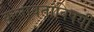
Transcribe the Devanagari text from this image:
कलावंतांविषयी